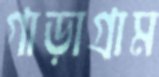
গাড়াগ্রাম